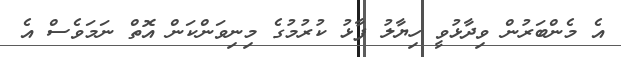
އެ މެންބަރުން ވިދާޅުވީ ހިޔާލު ފާޅު ކުރުމުގެ މިނިވަންކަން އޮތް ނަމަވެސް އެ